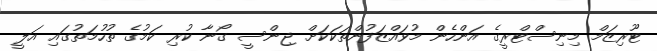
ޓޫރިޒަމް މިނިސްޓްރީގެ އަންހެން މުވައްޒަފުންތަކަކަށް ޖިންސީ ގޯނާ ކުރި ކަމުގެ ތުހުމަތުގައި އަލީ